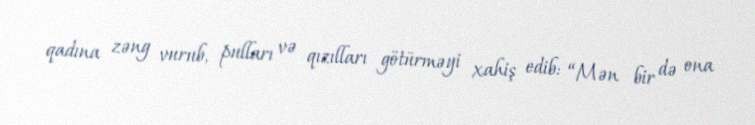
qadına zəng vurub, pulları və qızılları götürməyi xahiş edib: “Mən bir də ona